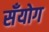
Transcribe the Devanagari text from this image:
सँयोग